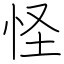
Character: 怪